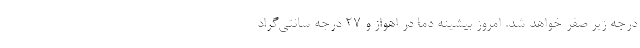
درجه زیر صفر خواهد شد. امروز بیشینه دما در اهواز و ۲۷ درجه سانتی‌گراد